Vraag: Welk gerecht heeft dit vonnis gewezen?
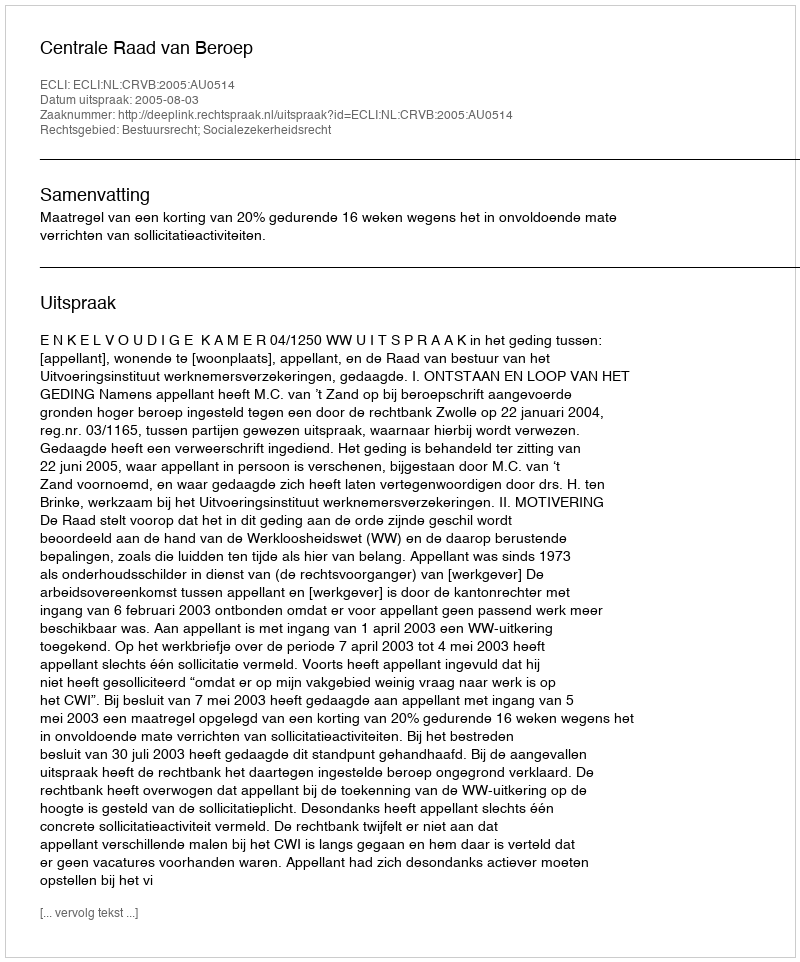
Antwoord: Centrale Raad van Beroep